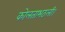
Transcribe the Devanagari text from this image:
कोलताभठली।